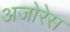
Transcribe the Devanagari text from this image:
अजोरेस